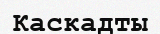
Каскадты